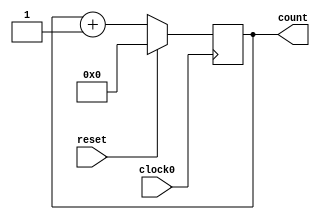
/////////////////////////////////////////
//  Functionality: 16 bit up counter 
////////////////////////////////////////

module counterup16_1clk_posedge_sync_resetp(clock0, reset, count);

	input clock0, reset;
	output [15:0] count;
	reg [15:0] count;

	initial begin
      	  count <= 0;
    	end                                      

	always @ (posedge clock0) begin
		if (reset == 1'b1) begin
			count <= 0;
		end 
		else begin
			count <= count + 1;
		end
	end

endmodule